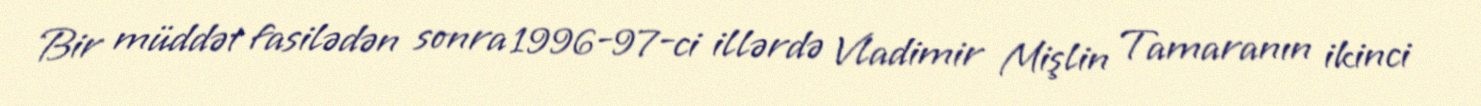
Bir müddət fasilədən sonra 1996-97-ci illərdə Vladimir Mişlin Tamaranın ikinci